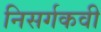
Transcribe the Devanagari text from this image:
निसर्गकवी